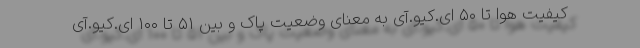
کیفیت هوا تا ۵۰ ای.کیو.آی به معنای وضعیت پاک و بین ۵۱ تا ۱۰۰ ای.کیو.آی